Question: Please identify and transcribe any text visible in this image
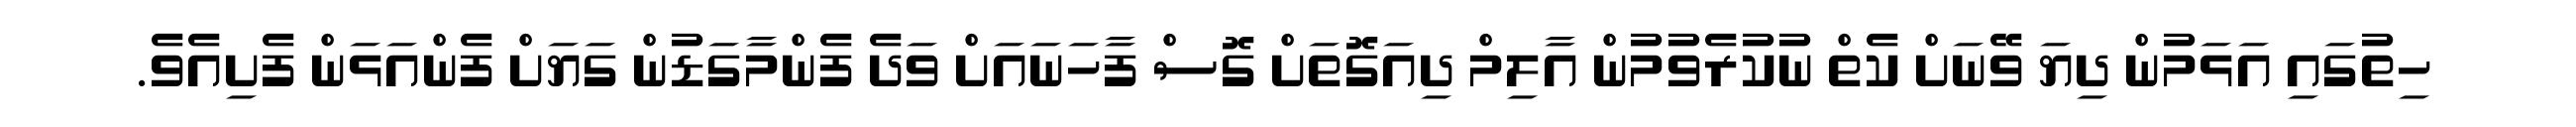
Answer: ހިތުގައި އަޅަމުން ދިޔަ ވޭނަށް ކެތް ނުކުރެވުމުން އާލިމް ދިއަގޮތަށް ގޮސް ފާހަނައަށް ވަދެ ފެންމާގަޑުން ގަޔަށް ފެންއަޅަން ފެށިއެވެ.